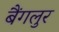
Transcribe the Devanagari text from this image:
बैंगलुर